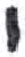
אות: י